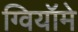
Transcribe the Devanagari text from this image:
ग्वियॉमे